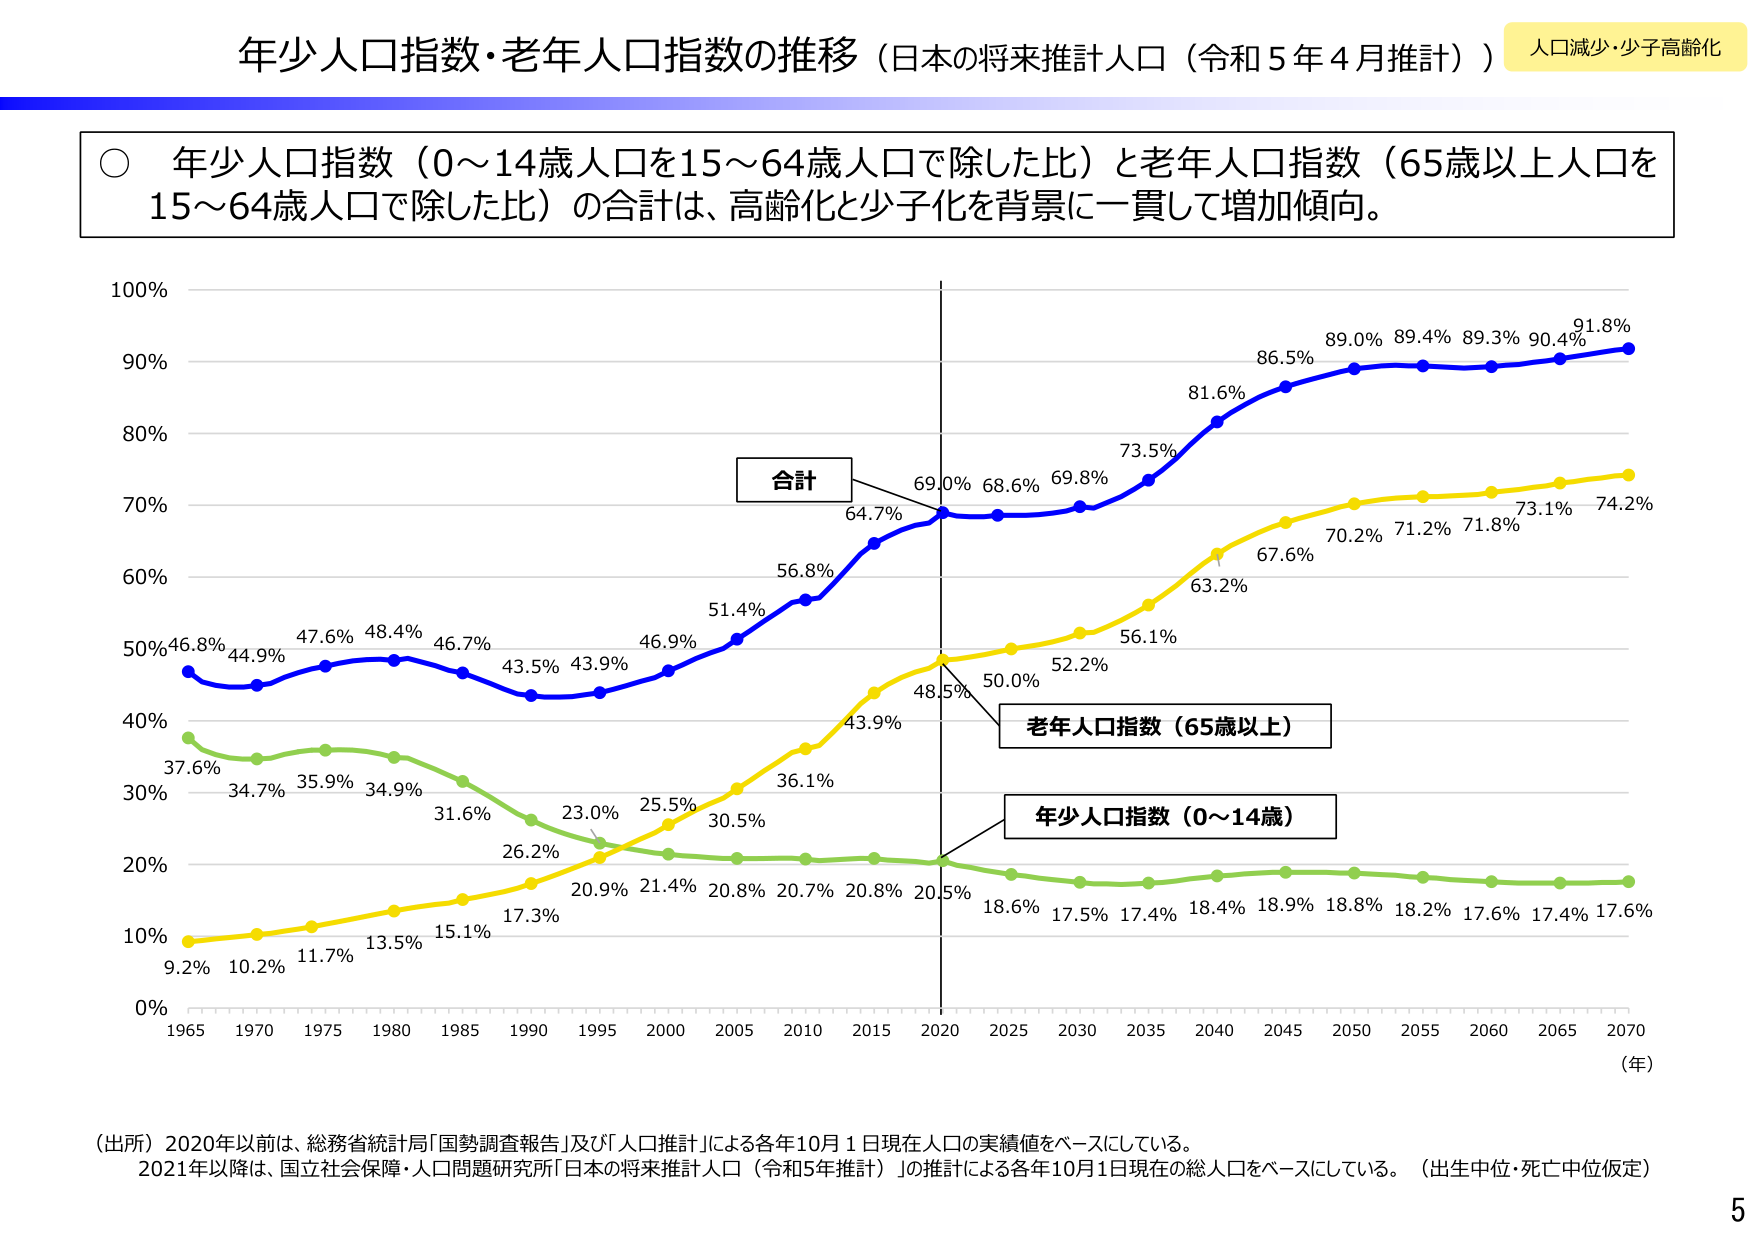
年少人口指数・老年人口指数の推移（日本の将来推計人口（令和5年4月推計）） 人口減少・少子高齢化

○ 年少人口指数（0～14歳人口を15～64歳人口で除した比）と老年人口指数（65歳以上人口を15～64歳人口で除した比）の合計は、高齢化と少子化を背景に一貫して増加傾向。

100%
90%
80%
70%
60%
50%
40%
30%
20%
10%
0%

合計
69.0% 68.6% 69.8% 73.5% 81.6% 86.5% 89.0% 89.4% 89.3% 90.4% 91.8%
64.7% 56.8% 51.4% 46.9% 43.9% 43.5% 46.7% 48.4% 47.6% 44.9% 46.8%
48.5% 50.0% 52.2% 56.1% 63.2% 67.6% 70.2% 71.2% 71.8% 73.1% 74.2%
37.6% 34.7% 35.9% 34.9% 31.6% 26.2% 23.0% 25.5% 30.5% 36.1% 43.9%
9.2% 10.2% 11.7% 13.5% 15.1% 17.3% 20.9% 21.4% 20.8% 20.7% 20.8% 20.5% 18.6% 17.5% 17.4% 18.4% 18.9% 18.8% 18.2% 17.6% 17.4% 17.6%

老年人口指数（65歳以上）
年少人口指数（0～14歳）

1965 1970 1975 1980 1985 1990 1995 2000 2005 2010 2015 2020 2025 2030 2035 2040 2045 2050 2055 2060 2065 2070 （年）

（出所）2020年以前は、総務省統計局「国勢調査報告」及び「人口推計」による各年10月1日現在人口の実績値をベースにしている。
2021年以降は、国立社会保障・人口問題研究所「日本の将来推計人口（令和5年推計）」の推計による各年10月1日現在の総人口をベースにしている。（出生中位・死亡中位仮定）

5